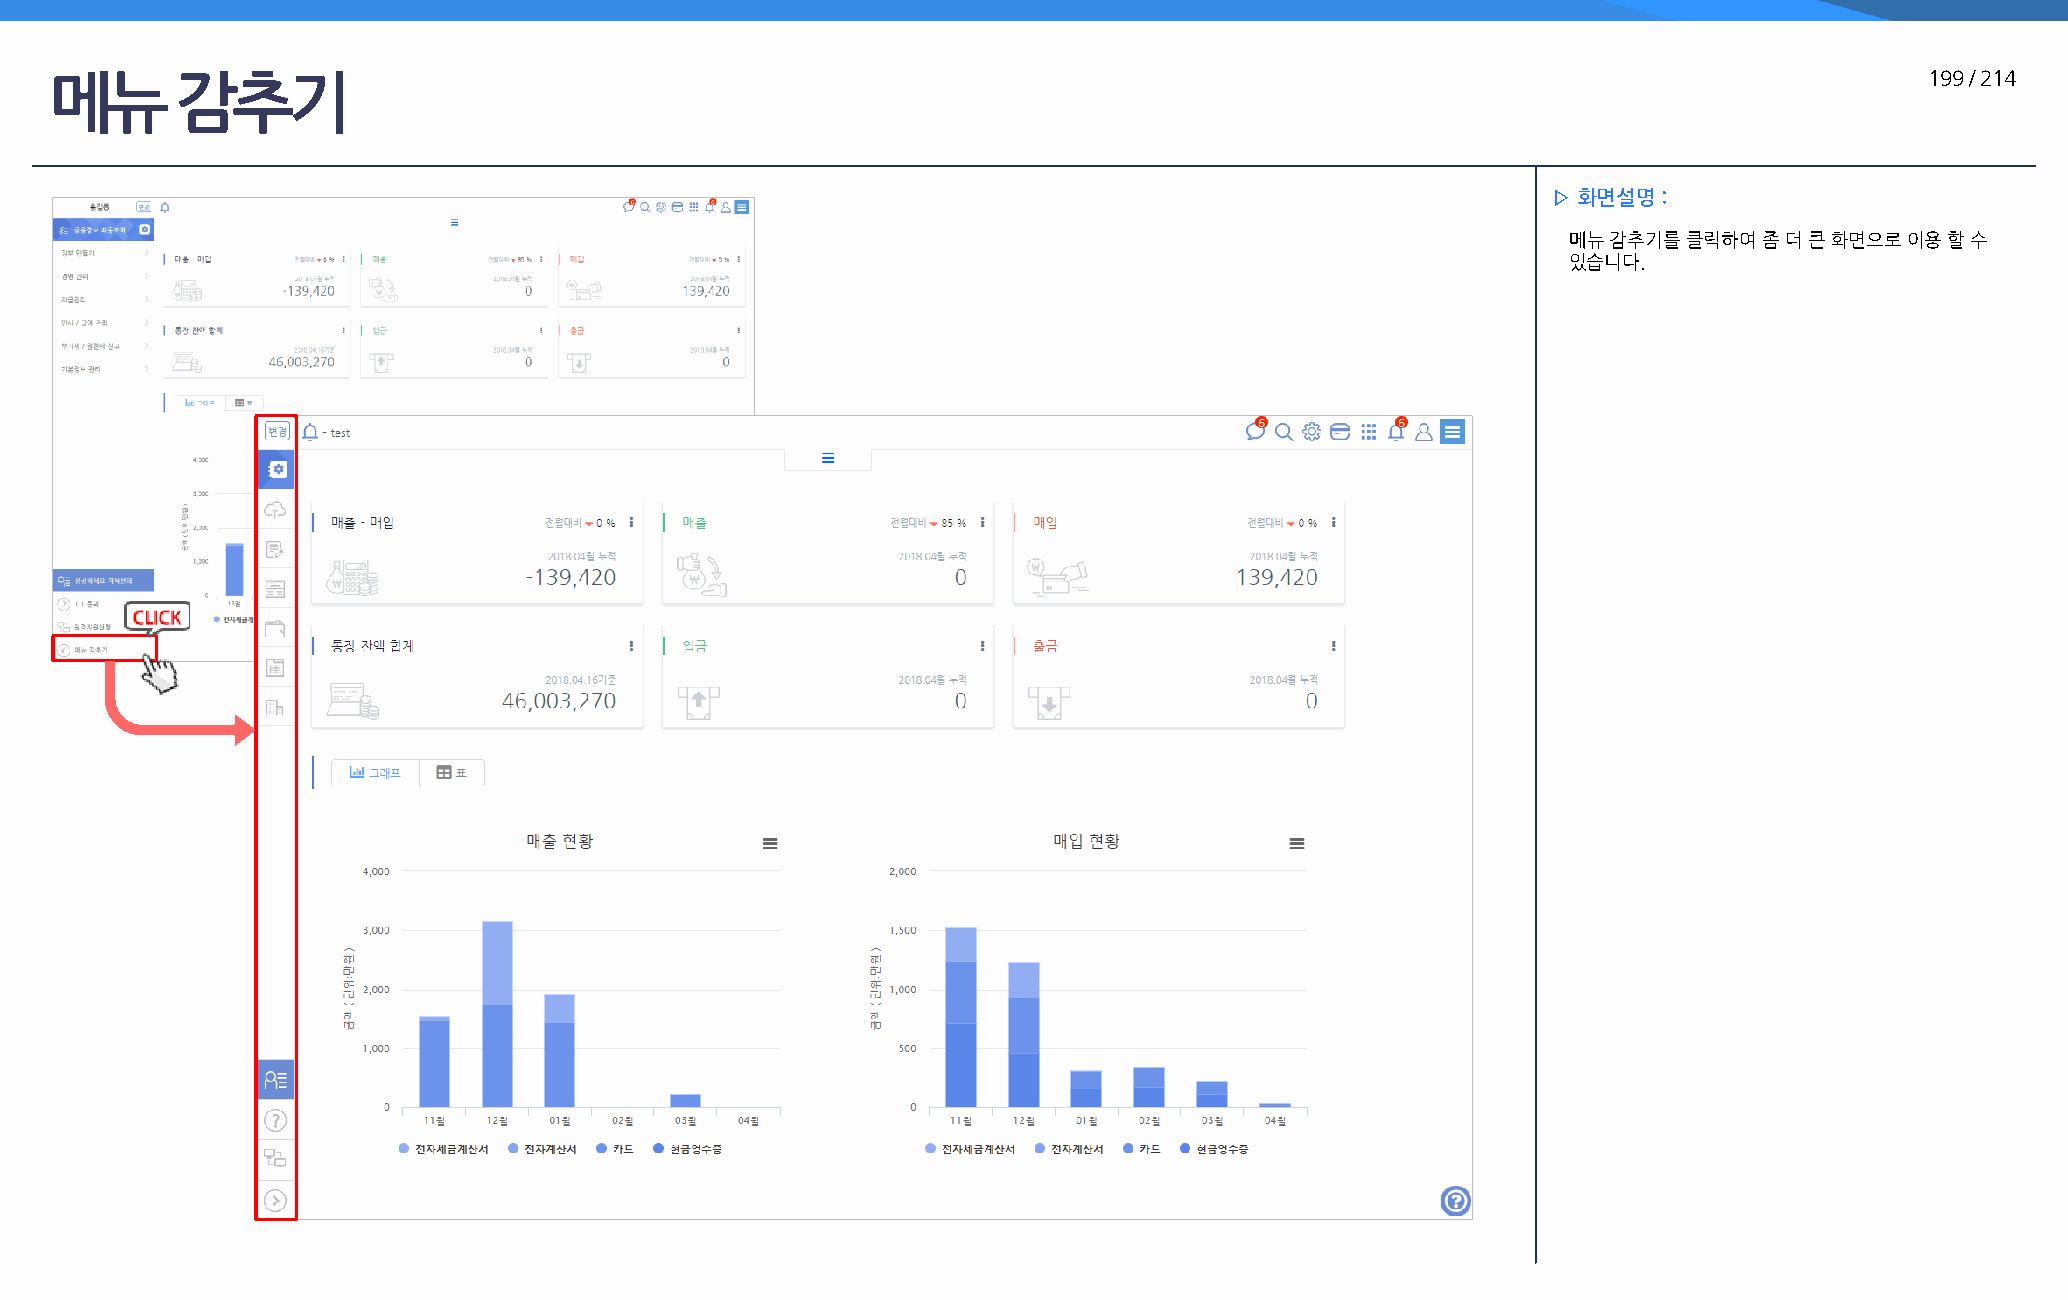
메뉴       감추기                                                                                                                 199 / 214
 ▷ 화면설명 :
 메뉴 감추기를 클릭하여 좀 더 큰 화면으로 이용 할 수
 있습니다.